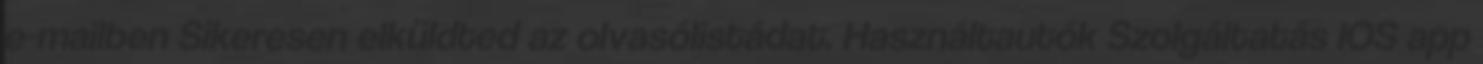
e-mailben Sikeresen elküldted az olvasólistádat. Használtautók Szolgáltatás IOS app